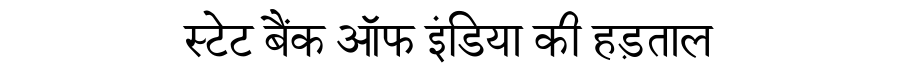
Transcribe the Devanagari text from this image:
स्टेट बैंक ऑफ इंडिया की हड़ताल